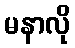
မနာလို